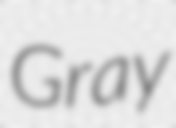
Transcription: Gray